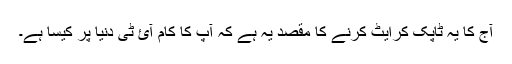
آج کا یہ ٹاپک کرایٹ کرنے کا مقصد یہ ہے کہ آپ کا کام آئ ٹی دنیا پر کیسا ہے۔